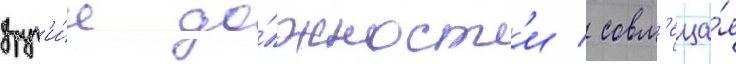
друг'и́е до́лжност'и / совм'еща́я